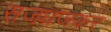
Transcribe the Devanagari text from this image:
सजधजकर